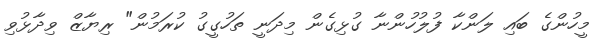
މީހުންގެ ބައި ލަންކާ ފުލުހުންނާ ގުޅިގެން މިދަނީ ތަހުގީގު ކުރަމުން" ރިޔާޒް ވިދާޅުވި